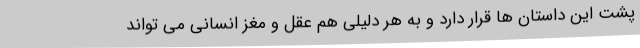
پشت این داستان ها قرار دارد و به هر دلیلی هم عقل و مغز انسانی می تواند